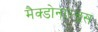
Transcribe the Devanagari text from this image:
मैक्डोनाल्डस